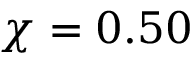
\chi = 0 . 5 0